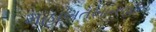
મહાબતખાનજીનો